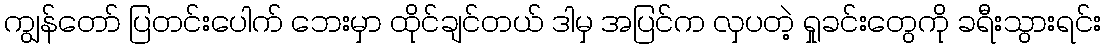
ကျွန်တော် ပြတင်းပေါက် ဘေးမှာ ထိုင်ချင်တယ် ဒါမှ အပြင်က လှပတဲ့ ရှုခင်းတွေကို ခရီးသွားရင်း